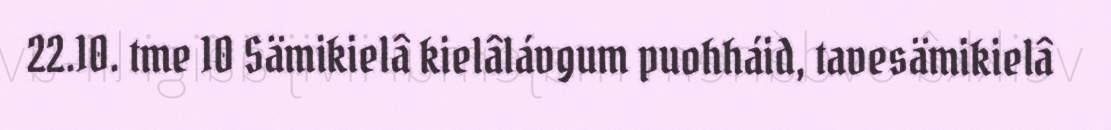
22.10. tme 10 Sämikielâ kielâlávgum puohháid, tavesämikielâ